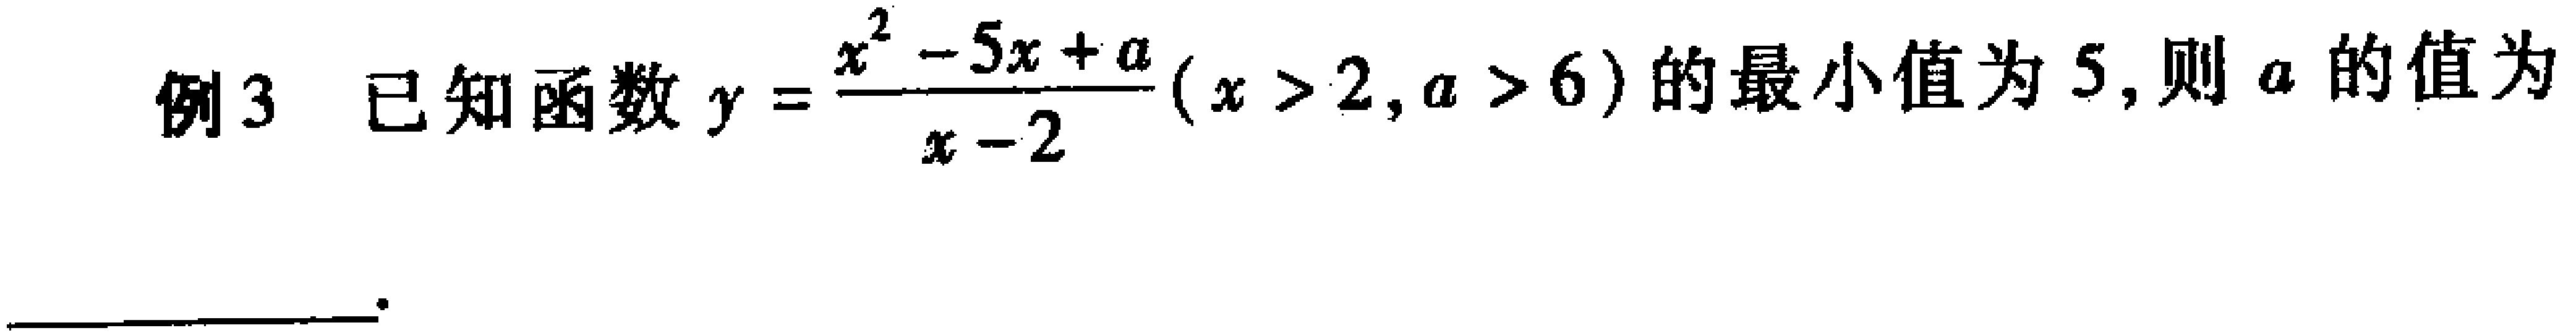
例3 已知函数\(y = \frac{x^{2}-5x + a}{x - 2}(x > 2,a > 6)\)的最小值为\(5\)，则\(a\)的值为  。